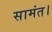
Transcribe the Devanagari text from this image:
सामंत।